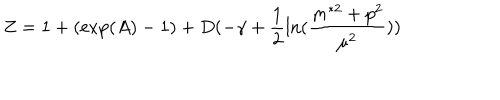
Z = 1 + ( \exp ( A ) - 1 ) + D ( - \gamma + \frac { 1 } { 2 } \ln ( \frac { m ^ { \ast 2 } + p ^ { 2 } } { \mu ^ { 2 } } ) )